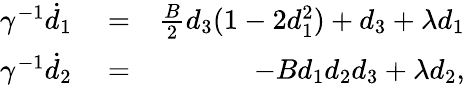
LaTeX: \begin{array}{rlr}{\gamma^{-1}\dot{d}_{1}}&{{}=}&{\frac{B}{2}d_{3}(1-2d_{1}^{2})+d_{3}+\lambda d_{1}}\\ {\gamma^{-1}\dot{d}_{2}}&{{}=}&{-Bd_{1}d_{2}d_{3}+\lambda d_{2},}\end{array}